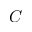
C